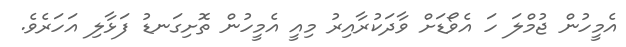
އެމީހުން ޖުމްލަ ހަ އެވޯޑަށް ވާދަކުރާއިރު މިއީ އެމީހުން ތޮށިގަނޑު ފަޅާލި އަހަރެވެ.